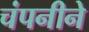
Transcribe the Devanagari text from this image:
चंपनीने